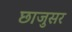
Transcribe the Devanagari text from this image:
छाजुसर